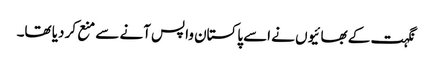
نگہت کے بھائیوں نے اسے پاکستان واپس آنے سے منع کر دیا تھا۔